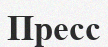
Пресс